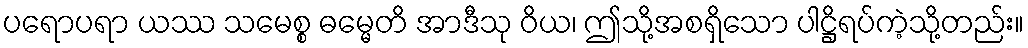
ပရောပရာ ယဿ သမေစ္စ ဓမ္မေတိ အာဒီသု ဝိယ၊ ဤသို့အစရှိသော ပါဋ္ဌိရပ်ကဲ့သို့တည်း။